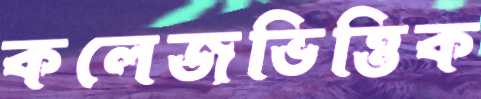
কলেজভিত্তিক